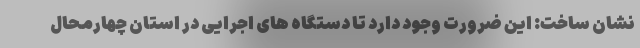
نشان ساخت: این ضرورت وجود دارد تا دستگاه های اجرایی در استان چهارمحال